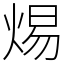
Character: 焬